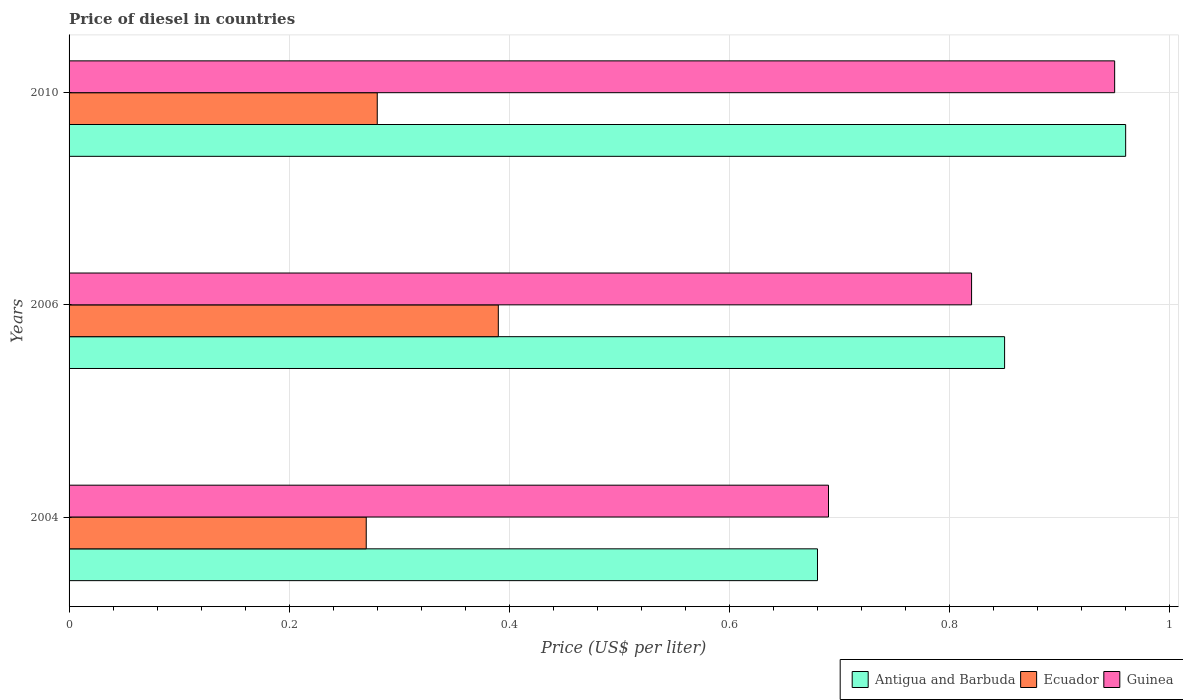
| Years | Antigua and Barbuda | Ecuador | Guinea |
 | --- | --- | --- | --- |
 | 2004 | 0.68 | 0.27 | 0.69 |
 | 2006 | 0.85 | 0.39 | 0.82 |
 | 2010 | 0.96 | 0.28 | 0.95 |